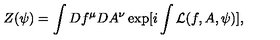
Z ( \psi ) = \int D f ^ { \mu } D A ^ { \nu } \exp [ i \int { \cal L } ( f , A , \psi ) ] ,